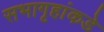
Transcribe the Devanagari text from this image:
सभागृहांकडे